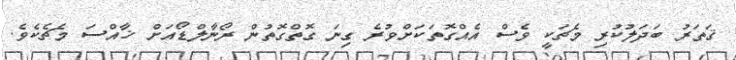
ޤަތަރު ބަދަލުކުރި މެޗަކީ ވެސް އެއްގޮތަކަށްވުރެ ގިނަ ގޮތްގޮތުން ރޯނާލްޑޯއަށް ޚާއްސަ މެޗެކެވެ.